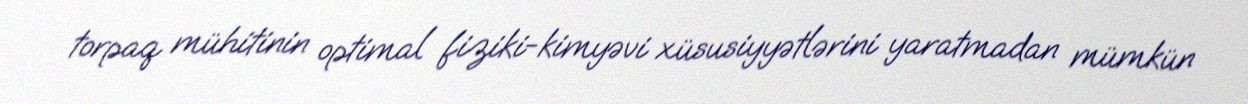
torpaq mühitinin optimal fiziki-kimyəvi xüsusiyyətlərini yaratmadan mümkün